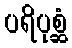
ပရိပုစ္ဆံ